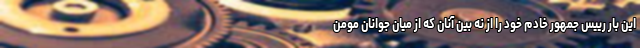
این بار رییس جمهور خادم خود را از نه بین آنان که از میان جوانان مومن